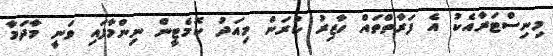
މިނިސްޓަރާއެކު އެ ފަރާތްތައް ހާޒިރު ކުރަން މިއަދު ކޮމެޓީން ނިންމާފައި ވަނީ މާދަމާ